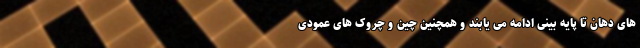
های دهان تا پایه بینی ادامه می یابند و همچنین چین و چروک های عمودی